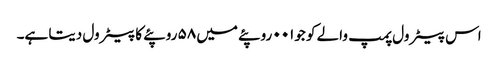
اس پیٹرول پمپ والے کو جو۰۰۱ روپئے میں ۵۸ روپئے کا پیٹرول دیتا ہے۔